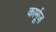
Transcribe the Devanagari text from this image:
कार्मूज़